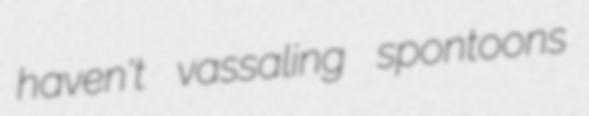
haven't vassaling spontoons